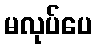
မလုပ်ပေ